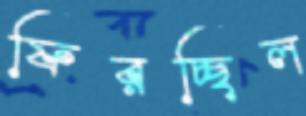
ফিরচ্ছিল